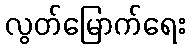
လွတ်မြောက်ရေး